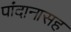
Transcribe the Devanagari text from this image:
पांदानासह